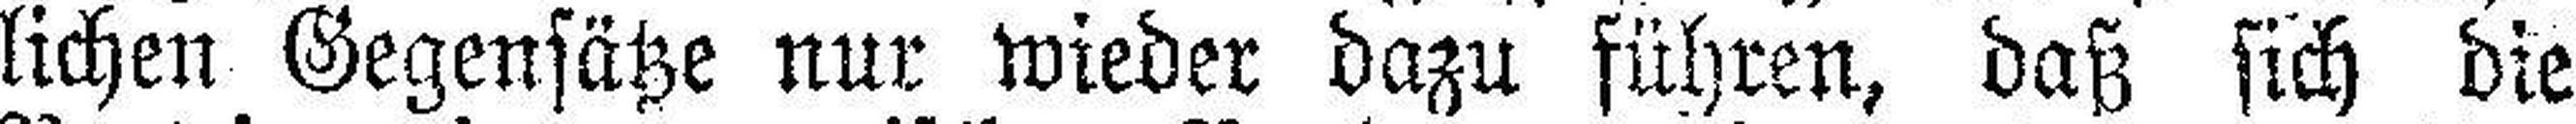
lichen Gegensätze nur wieder dazu führen, daß sich die